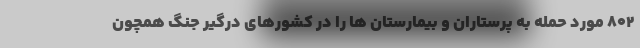
۸۰۲ مورد حمله به پرستاران و بیمارستان ها را در کشورهای درگیر جنگ همچون